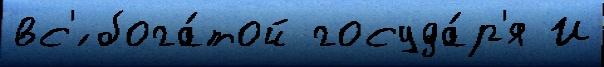
вс'́ бога́той госуда́р'я И